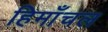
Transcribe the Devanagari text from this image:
हिमाँचल